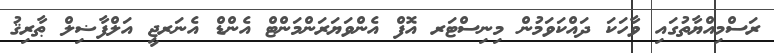
ރަސްމިއްޔާތުގައި ވާހަކަ ދައްކަވަމުން މިނިސްޓަރ އޮފް އެންވަޔަރަންމަންޓް އެންޑް އެނަރޖީ އަލްފާޟިލް ޠާރިޤު